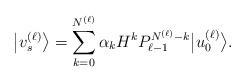
LaTeX: \begin{gather*}\big|v_s^{(\ell)}\big\rangle = \sum\limits_{k=0}^{N^{(\ell)}} \alpha_k H^k P_{\ell-1}^{N^{(\ell)}-k} \big|u_0^{(\ell)}\big\rangle .\end{gather*}